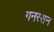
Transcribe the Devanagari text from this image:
गनरसन